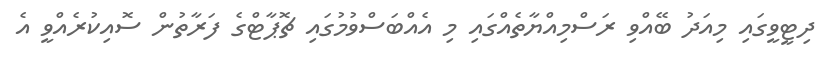
ދިޓީވީގައި މިއަދު ބޭއްވި ރަސްމިއްޔާތެއްގައި މި އެއްބަސްވުމުގައި ޗޮޕާޓްގެ ފަރާތުން ސޮއިކުރެއްވީ އެ